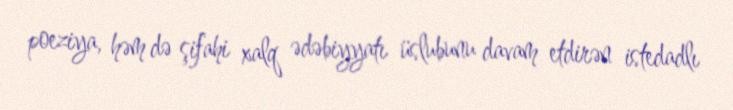
poeziya, həm də şifahi xalq ədəbiyyatı üslubunu davam etdirən istedadlı